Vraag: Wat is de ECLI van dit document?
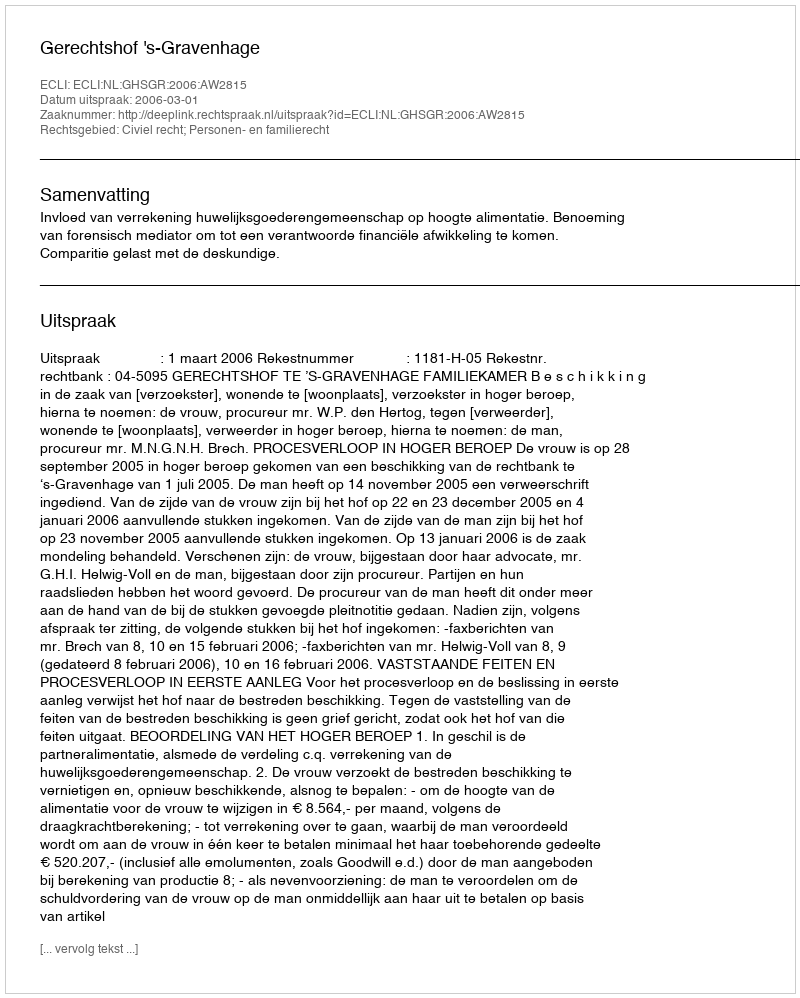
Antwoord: ECLI:NL:GHSGR:2006:AW2815